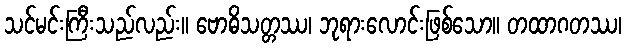
သင်မင်းကြီးသည်လည်း။ ဗောဓိသတ္တဿ၊ ဘုရားလောင်းဖြစ်သော။ တထာဂတဿ၊